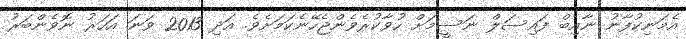
އެމަނިކުފާނު ނާއިބް ފައިސަލް ނަސީމަށް ހުވާކުރެވެންޖެހޭނެކަމަށެވެ. އަދި 2013 ވަނަ އަހަރު ނޮވެންބަރު